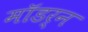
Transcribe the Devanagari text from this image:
माॅडर्न